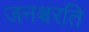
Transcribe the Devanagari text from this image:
जनश्चरति